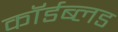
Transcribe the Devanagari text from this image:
कॉर्डब्लड